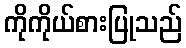
ကိုကိုယ်စားပြုသည်